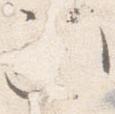
次